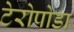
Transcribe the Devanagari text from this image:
टेरोपोडा